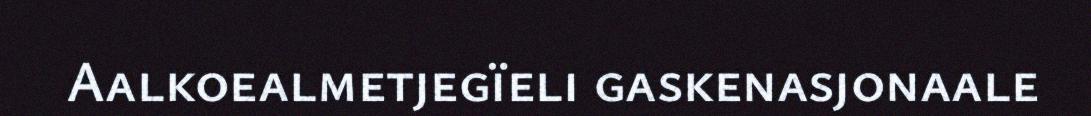
Aalkoealmetjegïeli gaskenasjonaale